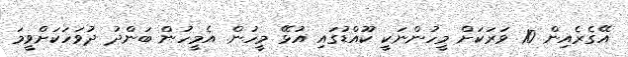
އޭގެެރެއިން 10 ވަރަކަށް މީހުންނަކީ ކޫއްޑުގައި އުޅޭ މީހުން. އެމީހުން ބަންދު ދުވަހަކަށްވީމަ